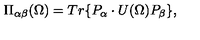
\Pi _ { \alpha \beta } ( \Omega ) = T r \{ P _ { \alpha } \cdot U ( \Omega ) P _ { \beta } \} ,